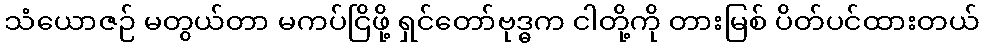
သံယောဇဉ် မတွယ်တာ မကပ်ငြိဖို့ ရှင်တော်ဗုဒ္ဓက ငါတို့ကို တားမြစ် ပိတ်ပင်ထားတယ်